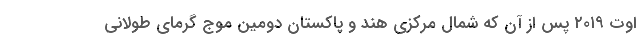
اوت ۲۰۱۹ پس از آن که شمال مرکزی هند و پاکستان دومین موج گرمای طولانی